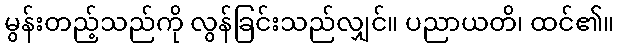
မွန်းတည့်သည်ကို လွန်ခြင်းသည်လျှင်။ ပညာယတိ၊ ထင်၏။